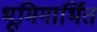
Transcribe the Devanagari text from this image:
भूमिगार्भित